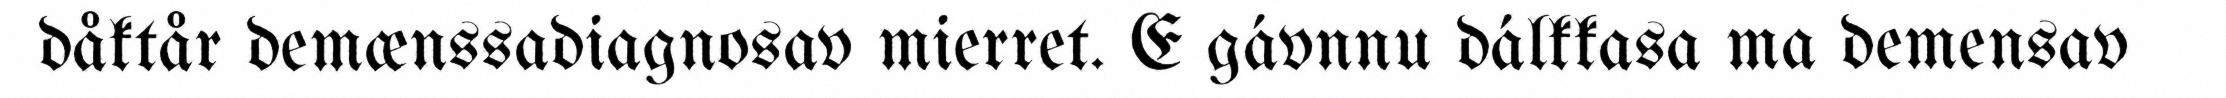
dåktår demænssadiagnosav mierret. E gávnnu dálkkasa ma demensav